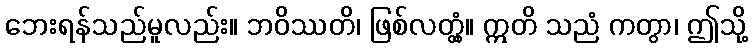
ဘေးရန်သည်မူလည်း။ ဘဝိဿတိ၊ ဖြစ်လတ္တံ့။ ဣတိ သညံ ကတွာ၊ ဤသို့